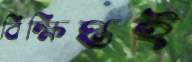
বিক্ষিপ্তই